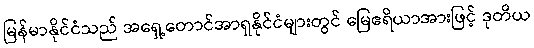
မြန်မာနိုင်ငံသည် အရှေ့တောင်အာရှနိုင်ငံများတွင် မြေဧရိယာအားဖြင့် ဒုတိယ